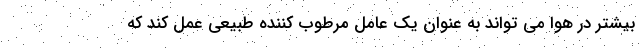
بیشتر در هوا می تواند به عنوان یک عامل مرطوب کننده طبیعی عمل کند که